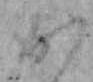
か